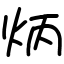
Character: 炳